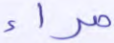
مراء